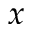
x